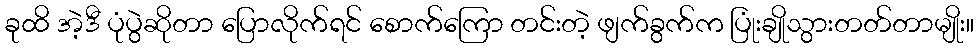
ခုထိ အဲ့ဒီ ပုံပွဲဆိုတာ ပြောလိုက်ရင် စောက်ကြော တင်းတဲ့ ဖျက်ခွက်က ပြုံးချိုသွားတတ်တာမျိုး။